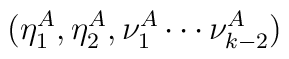
(\eta_{1}^{A},\eta_{2}^{A}, \nu_{1}^{A} \cdots \nu_{k-2}^{A})